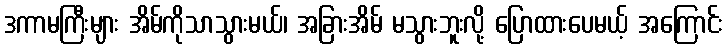
ဒကာမကြီးများ အိမ်ကိုသာသွားမယ်၊ အခြားအိမ် မသွားဘူးလို့ ပြောထားပေမယ့် အကြောင်း